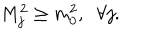
LaTeX: M _ { j } ^ { 2 } \geq m _ { 0 } ^ { 2 } , \; \; \forall j .